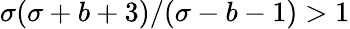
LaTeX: \sigma(\sigma+b+3)/(\sigma-b-1)>1